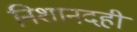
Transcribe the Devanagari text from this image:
निशानदही